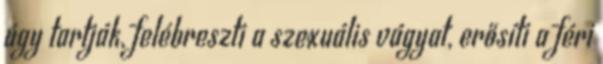
úgy tartják, felébreszti a szexuális vágyat, erősíti a féri